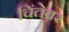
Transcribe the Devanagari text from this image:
चिंतेवर